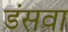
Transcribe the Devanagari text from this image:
डंसवा